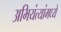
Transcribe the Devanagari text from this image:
अभियंत्यांमध्ये